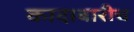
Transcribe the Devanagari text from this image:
कादाबारीच